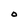
Character: O